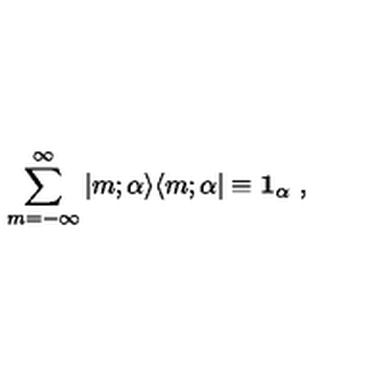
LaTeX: \sum _ { m = - \infty } ^ { \infty } \vert m ; \alpha \rangle \langle m ; \alpha \vert \equiv { \bf 1 } _ { \alpha } \ ,